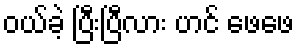
ဝယ်ခဲ့ ပြီးပြီလား ဟင် ဖေဖေ